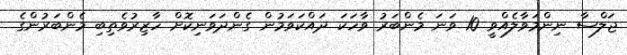
ޖަލްސާ ނިންމަވާލެއްވީ 10 ވަނަ މެންބަރު ވާހަކަ ދައްކަވަމުން ގެންދަވަނިކޮށް ހާޒިރުވެތިބި މެންބަރުންގެ